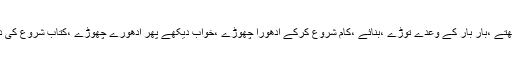
یہ کوئی جسم نہیں رکھتے ،بار بار کے وعدے توڑے ،بنائے ،کام شروع کرکے ادھورا چھوڑے ،خواب دیکھے پھر ادھورے چھوڑے ،کتاب شروع کی درمیان میں چھوڑدی ۔